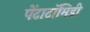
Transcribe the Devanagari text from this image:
पेंटाटॉमिडी